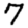
Digit: 7